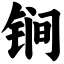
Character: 锏